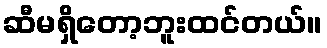
ဆီမရှိတော့ဘူးထင်တယ်။